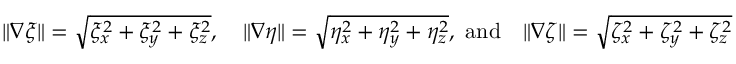
\begin{array} { l } { \| \nabla \xi \| = \sqrt { \xi _ { x } ^ { 2 } + \xi _ { y } ^ { 2 } + \xi _ { z } ^ { 2 } } , \quad \| \nabla \eta \| = \sqrt { \eta _ { x } ^ { 2 } + \eta _ { y } ^ { 2 } + \eta _ { z } ^ { 2 } } , \mathrm { ~ a n d } \quad \| \nabla \zeta \| = \sqrt { \zeta _ { x } ^ { 2 } + \zeta _ { y } ^ { 2 } + \zeta _ { z } ^ { 2 } } } \end{array}